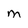
Character: m